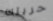
حريتك